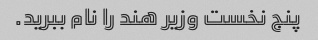
پنج نخست وزیر هند را نام ببرید.